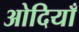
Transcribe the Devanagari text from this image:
ओदियाँ